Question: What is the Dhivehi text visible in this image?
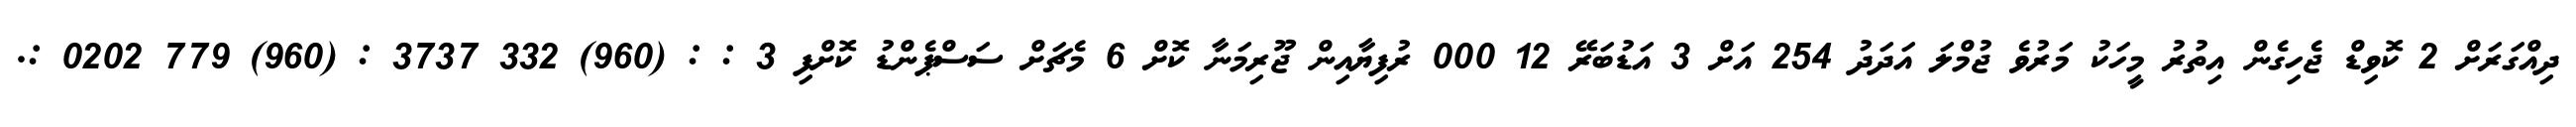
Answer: ދިއްގަރަށް 2 ކޮވިޑް ޖެހިގެން އިތުރު މީހަކު މަރުވެ ޖުމްލަ އަދަދު 254 އަށް 3 އަޑުބަރޭ 12 000 ރުފިޔާއިން ޖޫރިމަނާ ކޮށް 6 މެޗަށް ސަސްޕެންޑު ކޮށްފި 3 : : (960) 332 3737 : (960) 779 0202 :.